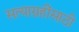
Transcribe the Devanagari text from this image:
सत्याग्रहींसाठी